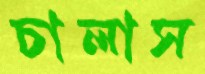
চালাস